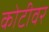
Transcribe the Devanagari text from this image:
कोटीवर